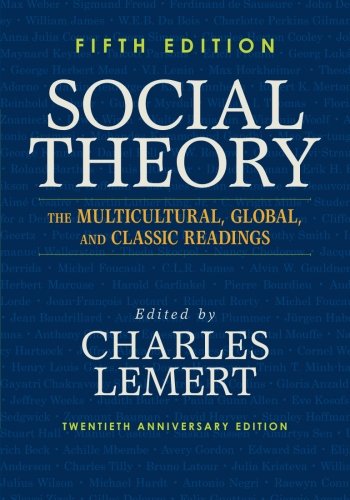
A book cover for Social Theory: The Multicultural, Global, and Classic Readings; Charles Lemert; Politics & Social Sciences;